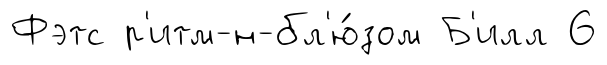
Фэтс р'итм-н-бл'ю́зом Б'илл 6